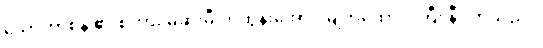
သော်တာစိန် ၏ စကား မဆုံးမီ ကိုထွန်းအောင် မျက်ထောင့် ကြီး နီ လာသည် ။